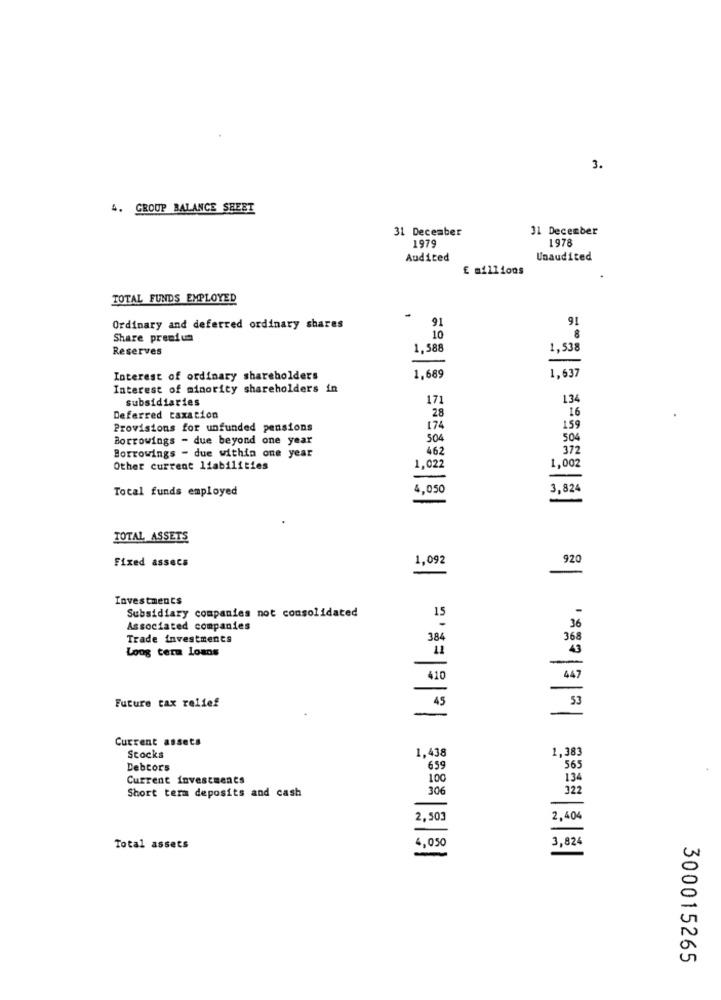
3.
4. GROUP BALANCE SHEET
31 December
31 December
1979
1978
Audited
Unaudited
E millions
TOTAL FUNDS EMPLOYED
91
9
Ordinary and deferred ordinary shares
Share premium
10
Reserves
1,588
1.538
Interest of ordinary shareholders
1,689
1,637
Interest of minority shareholders in
subsidiaries
171
134
16
Deferred taxation
28
Provisions for unfunded pensions
174
159
Borrowings - due beyond one year
504
504
462
372
Borrowings - due within one year
1,002
Other current liabilities
1,022
Total funds employed
4,050
3,824
TOTAL ASSETS
Fixed assets
1,092
920
laleleEx.
-
Investments
Subsidiary companies not consolidated
15
Associated companies
Trade investments
384
368
Long term loans
-
410
447
Future tax relief
49
-
Current assets
1,383
Stocks
1,438
Debtors
65
565
Current investments
100
134
Short term deposits and cash
306
322
2,503
2,404
Total assets
4 , 050
3,824
300015265